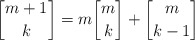
\begin{align*}\genfrac{[}{]}{0pt}{}{m+1}{k}=m\genfrac{[}{]}{0pt}{}{m}{k}+\genfrac{[}{]}{0pt}{}{m}{k-1}\end{align*}